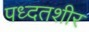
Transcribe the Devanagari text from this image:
पध्दतशीर